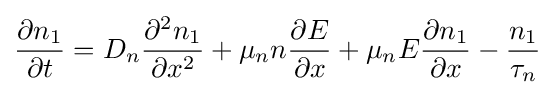
{\frac {\partial n_{1}}{\partial t}}=D_{n}{\frac {\partial ^{2}n_{1}}{\partial x^{2}}}+\mu _{n}n{\frac {\partial E}{\partial x}}+\mu _{n}E{\frac {\partial n_{1}}{\partial x}}-{\frac {n_{1}}{\tau _{n}}}